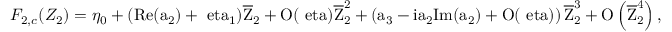
F _ { 2 , c } ( Z _ { 2 } ) = \eta _ { 0 } + ( \mathrm { R e ( a _ { 2 } ) + \ e t a _ { 1 } ) \overline { { Z } } _ { 2 } + O ( \ e t a ) \overline { { Z } } _ { 2 } ^ { 2 } + \left( a _ { 3 } - i a _ { 2 } \mathrm { I m ( a _ { 2 } ) + O ( \ e t a ) } \right) \overline { { Z } } _ { 2 } ^ { 3 } + O \left( \overline { { Z } } _ { 2 } ^ { 4 } \right) , }